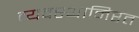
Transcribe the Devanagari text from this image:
व्यवस्थानिरत